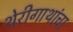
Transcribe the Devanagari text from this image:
थेरीगाथांचा